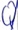
Text: Q